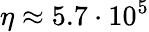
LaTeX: \eta\approx 5.7\cdot 10^{5}